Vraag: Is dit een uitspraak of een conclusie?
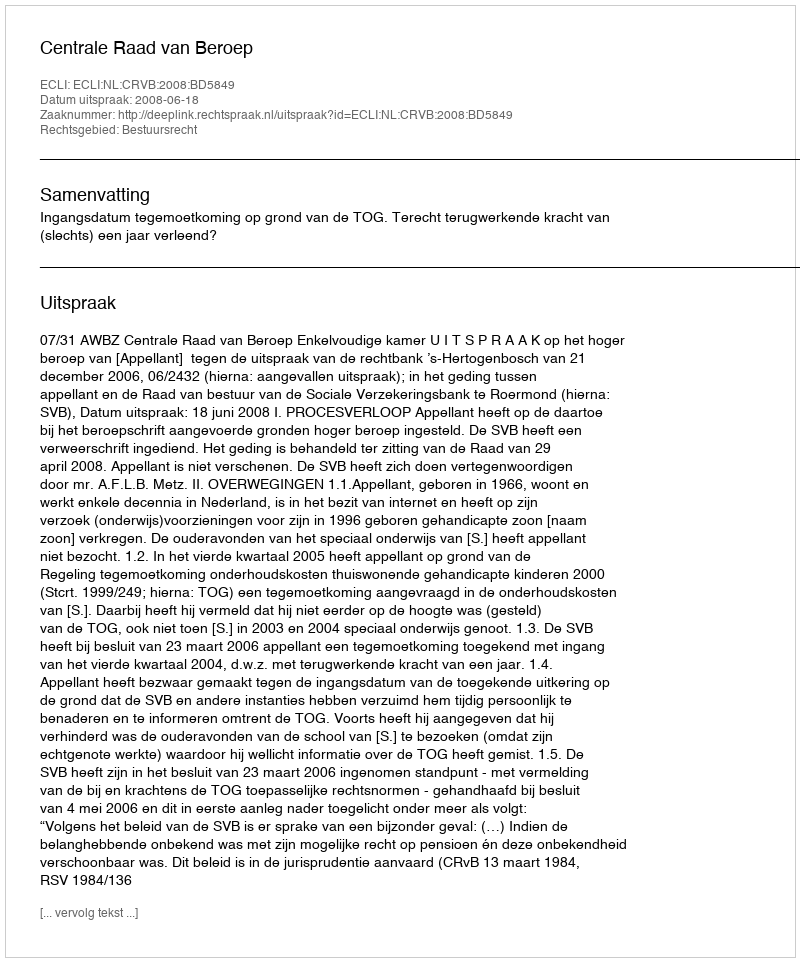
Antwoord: Uitspraak